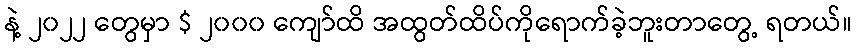
နဲ့ ၂၀၂၂ တွေမှာ $ ၂၀၀၀ ကျော်ထိ အထွတ်ထိပ်ကိုရောက်ခဲ့ဘူးတာတွေ့ ရတယ်။